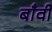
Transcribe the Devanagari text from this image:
बाँवी